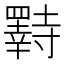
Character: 𫅌